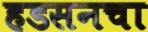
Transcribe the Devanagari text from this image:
हडसनचा